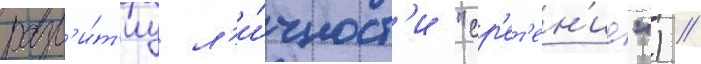
разв'и́т'иу л'и́чност'и "ср'ет'ен'ие") //